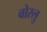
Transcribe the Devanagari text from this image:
वोस्लु